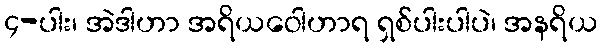
၄-ပါး၊ အဲဒါဟာ အရိယဝေါဟာရ ရှစ်ပါးပါပဲ၊ အနရိယ